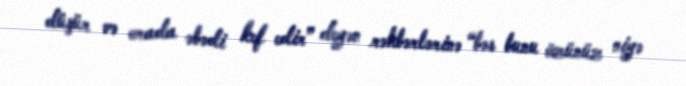
düşür və orada əbədi kef edir” deyən rəhbərlərinə “bəs bunu özünüz niyə